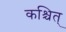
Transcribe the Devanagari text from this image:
कश्चित्‌